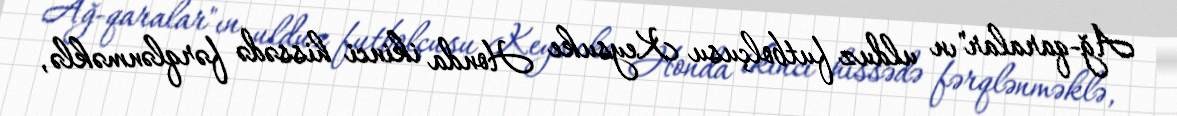
Ağ-qaralar"ın ulduz futbolçusu Keysuke Honda ikinci hissədə fərqlənməklə,